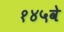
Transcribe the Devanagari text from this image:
१४५वे